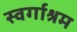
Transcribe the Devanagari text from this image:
स्‍वर्गाश्रम